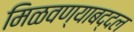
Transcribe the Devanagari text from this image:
मिळवण्याबद्दल